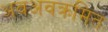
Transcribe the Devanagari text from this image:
अवअवक्रमित